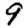
Digit: 9